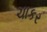
ચાકર